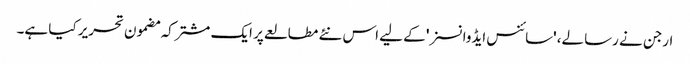
ارجن نے رسالے، 'سائنس ایڈوانسز' کے لیے اس نئے مطالعے پر ایک مشترکہ مضمون تحریر کیا ہے۔